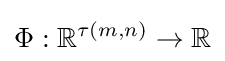
\Phi :\mathbb {R} ^{\tau (m,n)}\rightarrow \mathbb {R}